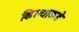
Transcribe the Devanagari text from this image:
किल्याकडे